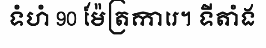
ទំហំ 90 ម៉ែត្រការេ។ ទីតាំង